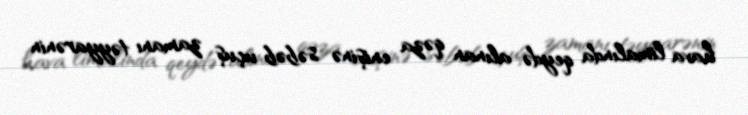
hava limalında qeydə alınan qəza enişinə səbəb uçuş zamanı təyyarənin